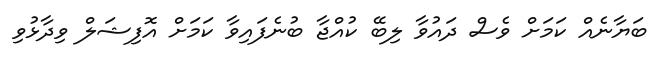
ބަޔާނެއް ކަމަށް ވެސް ދައުވާ ލިބޭ ކުއްޖާ ބުނެފައިވާ ކަމަށް އޮފިޝަލް ވިދާޅުވި